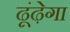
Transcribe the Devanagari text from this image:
ढूंढ़ेगा